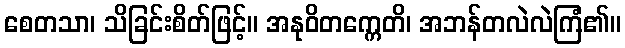
စေတသာ၊ သိခြင်းစိတ်ဖြင့်။ အနုဝိတက္ကေတိ၊ အဘန်တလဲလဲကြံ၏။